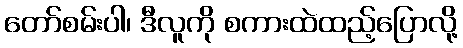
တော်စမ်းပါ၊ ဒီလူကို စကားထဲထည့်ပြောလို့